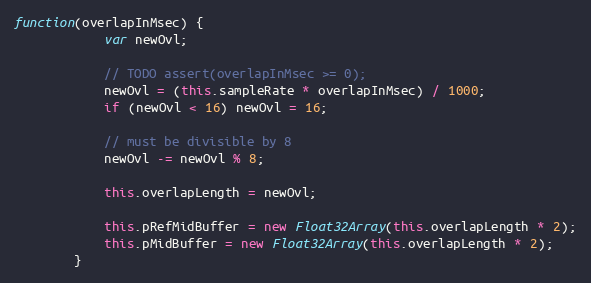
Language: JavaScript
function(overlapInMsec) {
            var newOvl;

            // TODO assert(overlapInMsec >= 0);
            newOvl = (this.sampleRate * overlapInMsec) / 1000;
            if (newOvl < 16) newOvl = 16;

            // must be divisible by 8
            newOvl -= newOvl % 8;

            this.overlapLength = newOvl;

            this.pRefMidBuffer = new Float32Array(this.overlapLength * 2);
            this.pMidBuffer = new Float32Array(this.overlapLength * 2);
        }